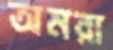
অমরা